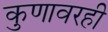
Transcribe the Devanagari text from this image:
कुणावरही